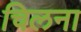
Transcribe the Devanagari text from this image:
चिलना